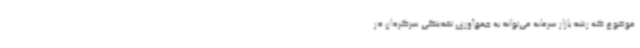
موضوع که رشد بازار سرمایه می‌تواند به جمع‌آوری نقدینگی سرگردان در